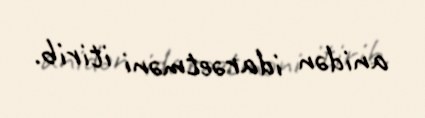
anidən idarəetməni itirib.